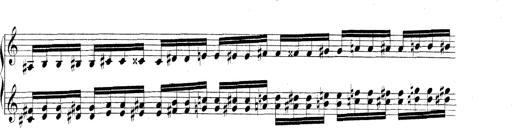
Title: Technische Studien
Composer: Franz Liszt